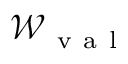
\mathcal { W } _ { \mathrm { ~ v ~ a ~ l ~ } }